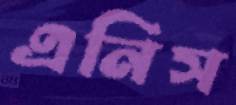
এনিস